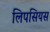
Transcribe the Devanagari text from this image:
लिपसियस